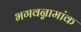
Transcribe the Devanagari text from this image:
भगवन्नामांक